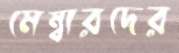
মেম্বারদের